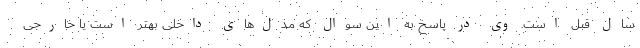
سال قبل است. وی در پاسخ به این سوال که مدل‌های داخلی بهتر است یا خارجی